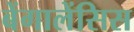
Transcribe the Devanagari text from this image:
बेंगालेंसिस